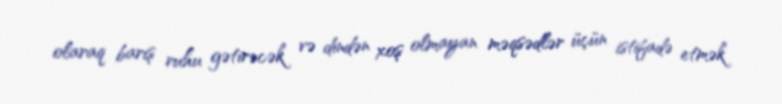
olaraq barış ruhu gətirəcək və dindən xoş olmayan məqsədlər üçün istifadə etmək